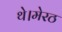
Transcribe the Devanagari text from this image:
थे।मेरठ